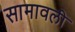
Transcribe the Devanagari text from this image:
सामावली